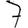
Digit: 7